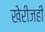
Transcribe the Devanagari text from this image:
खेरीजही